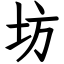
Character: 坊